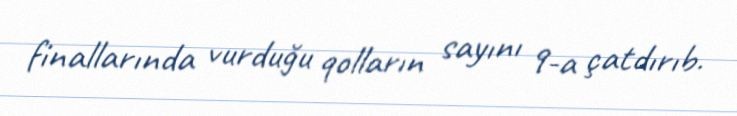
finallarında vurduğu qolların sayını 9-a çatdırıb.